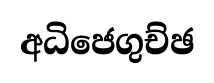
අධිජෙගුච්ඡ